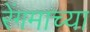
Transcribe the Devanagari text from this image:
रेंगमाच्या